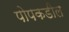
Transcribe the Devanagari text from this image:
पोपकडील